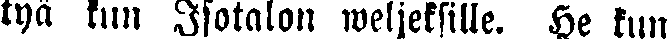
tyä kun Isotalon weljeksille. He tun